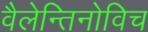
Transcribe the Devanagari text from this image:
वैलेन्तिनोविच